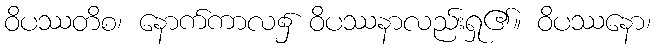
ဝိပဿတိစ၊ နောက်ကာလ၌ ဝိပဿနာလည်းရှု၏။ ဝိပဿနော၊